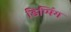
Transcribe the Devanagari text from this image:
डिप्पिंग